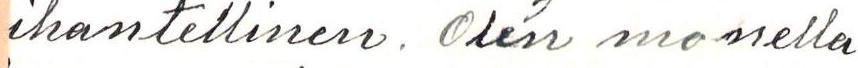
ihantellinen. Olen monella